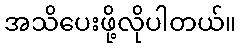
အသိပေးဖို့လိုပါတယ်။